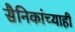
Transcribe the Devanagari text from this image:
सैनिकांच्याही